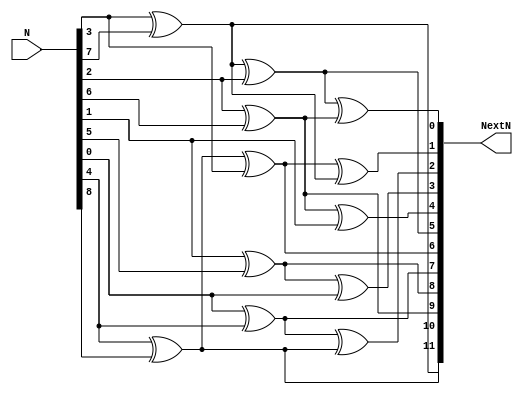
`timescale 1ns / 1ps
//////////////////////////////////////////////////////////////////////////////////
// Company: 
// Engineer: 
// 
// Design Name: 
// Module Name:    NextP9 
// Project Name: 
// Target Devices: 
// Tool versions: 
// Description: 
//
// Dependencies: 
//
// Revision: 
// Revision 0.01 - File Created
// Additional Comments: 
//
//////////////////////////////////////////////////////////////////////////////////

module NextP9(
    input [11:0] N,
    output [11:0] NextN
    );

   function  [11:0] nextP9;
      input [11:0] n;
		integer k;
      begin
         nextP9 = n;
         for (k=0; k<12; k=k+1) begin
            nextP9 = {nextP9[10:0], nextP9[4] ^ nextP9[8]};
         end
      end
   endfunction

	assign NextN = nextP9 (N);

endmodule